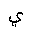
Letter: _ya